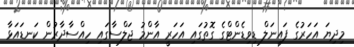
މިދިޔަ އަހަރުގެ ފައިނަލް ޑިވިޑެންޓްގެ ގޮތުގައި އަހަރީ އާންމު ޖަލްސާގައި ހިއްސާދާރުން ކަނޑައަޅާ